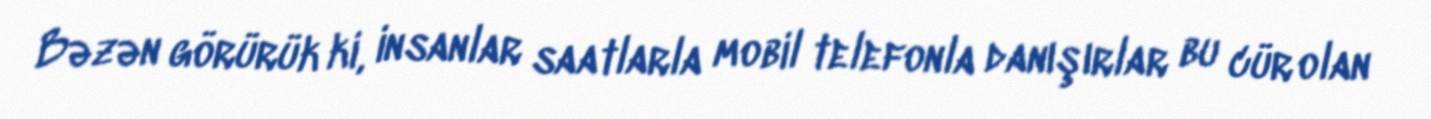
Bəzən görürük ki, insanlar saatlarla mobil telefonla danışırlar bu cür olan